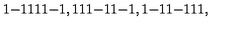
{ \binom { 1 } { - 1 } } { \binom { 1 } { 1 } } { \binom { 1 } { - 1 } } , { \binom { 1 } { 1 } } { \binom { 1 } { - 1 } } { \binom { 1 } { - 1 } } , { \binom { 1 } { - 1 } } { \binom { 1 } { - 1 } } { \binom { 1 } { 1 } } ,